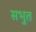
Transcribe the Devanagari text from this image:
सभुत